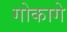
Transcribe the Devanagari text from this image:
गोकागे